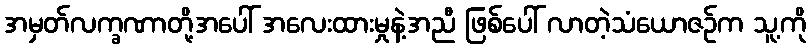
အမှတ်လက္ခဏာတို့အပေါ် အလေးထားမှုနဲ့အညီ ဖြစ်ပေါ် လာတဲ့သံယောဇဉ်က သူ့ကို